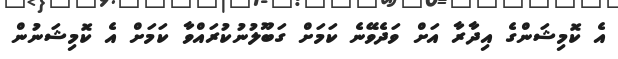
އެ ކޮމިޝަންގެ އިދާރާ އަށް ވަދެވޭނެ ކަމަށް ގަބޫލުނުކުރައްވާ ކަމަށް އެ ކޮމިޝަނުން